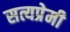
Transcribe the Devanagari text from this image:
सत्यप्रेमी